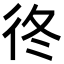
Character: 𢓘